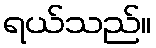
ရယ်သည်။